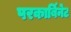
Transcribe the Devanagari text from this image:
परकार्बिनेट